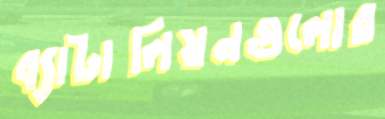
ব্যাটালিয়নগুলোর